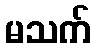
မသက်